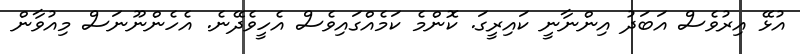
އުޅޭ އިރުވެސް އަބަދު އިންނާނީ ކައިރީގަ. ކޮންމެ ކަމެއްގައިވެސް އެހީވެދޭނެ. އެހެންނޫނަސް މިއުވާން